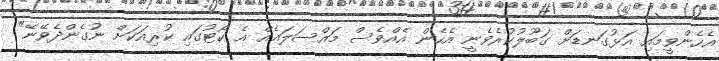
އެހެންވީމައި އަޅުގަނޑަށް ގަބޫލުކުރެވެނީ އެހެން އެއްވެސް މައްސަލައެއް އެ ކޯޓުގައި ކުރިއަކަށް ނުގެންދެވޭނޭ"